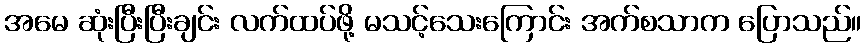
အမေ ဆုံးပြီးပြီးချင်း လက်ထပ်ဖို့ မသင့်သေးကြောင်း အက်စသာက ပြောသည်။